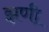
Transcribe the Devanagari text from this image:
झणी